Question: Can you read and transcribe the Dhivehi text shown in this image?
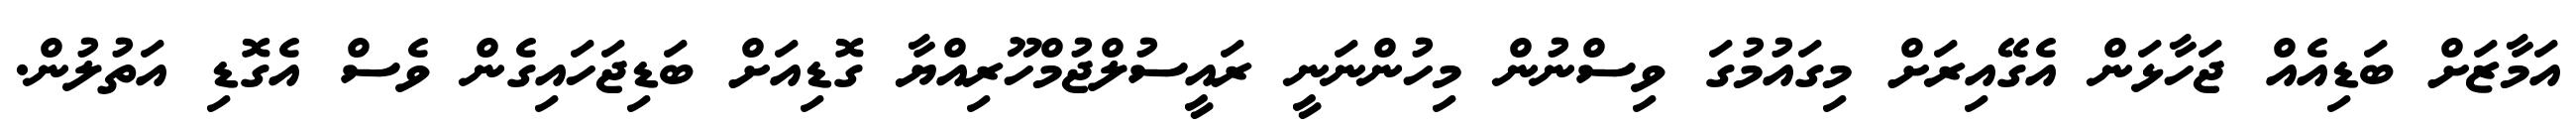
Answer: އަމާޒަށް ބަޑިއެއް ޖަހާޅަން އެގޭއިރަށް މިގައުމުގަ ވިސްނުން މިހުންނަނީ ރައީސުލްޖުމްހޫރިއްޔާ ގޮޑިއަށް ބަޑިޖަހައިގެން ވެސް އެގޮޑި އަތުލުން.